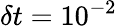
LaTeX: \delta t=10^{-2}